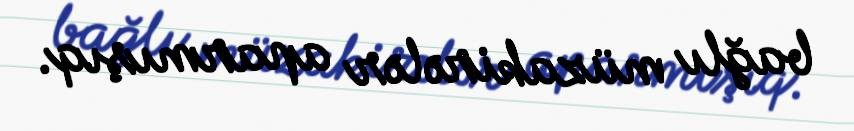
bağlı müzakirələr aparmışıq.